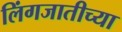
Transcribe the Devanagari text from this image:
लिंगजातीच्या